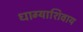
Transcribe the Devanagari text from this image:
धाग्याशिवाय